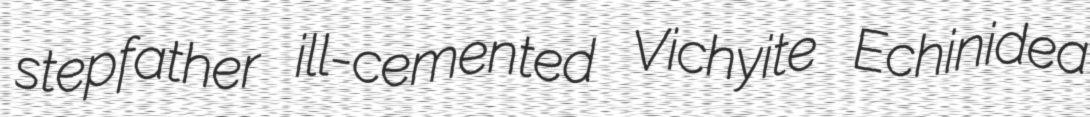
stepfather ill-cemented Vichyite Echinidea